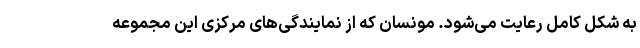
به شکل کامل رعایت می‌شود. مونسان که از نمایندگی‌‌های مرکزی این مجموعه